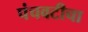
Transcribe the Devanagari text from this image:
पंचवटीचा